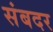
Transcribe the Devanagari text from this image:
संबदर